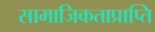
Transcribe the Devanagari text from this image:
सामाजिकताप्राप्ति